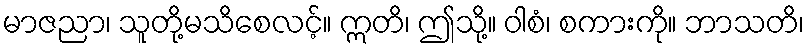
မာဇညာ၊ သူတို့မသိစေလင့်။ ဣတိ၊ ဤသို့။ ဝါစံ၊ စကားကို။ ဘာသတိ၊